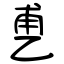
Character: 乶